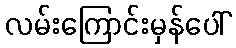
လမ်းကြောင်းမှန်ပေါ်